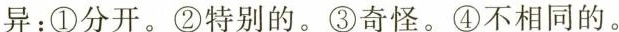
异：①分开。②特别的。③奇怪。④不相同的。